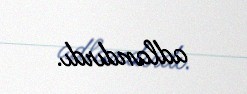
adlandırdı.